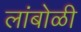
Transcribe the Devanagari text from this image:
लांबोळी